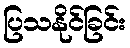
ပြသနိုင်ခြင်း